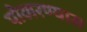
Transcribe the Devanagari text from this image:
पोखरण्यास